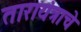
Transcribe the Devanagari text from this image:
तारायंत्राचे